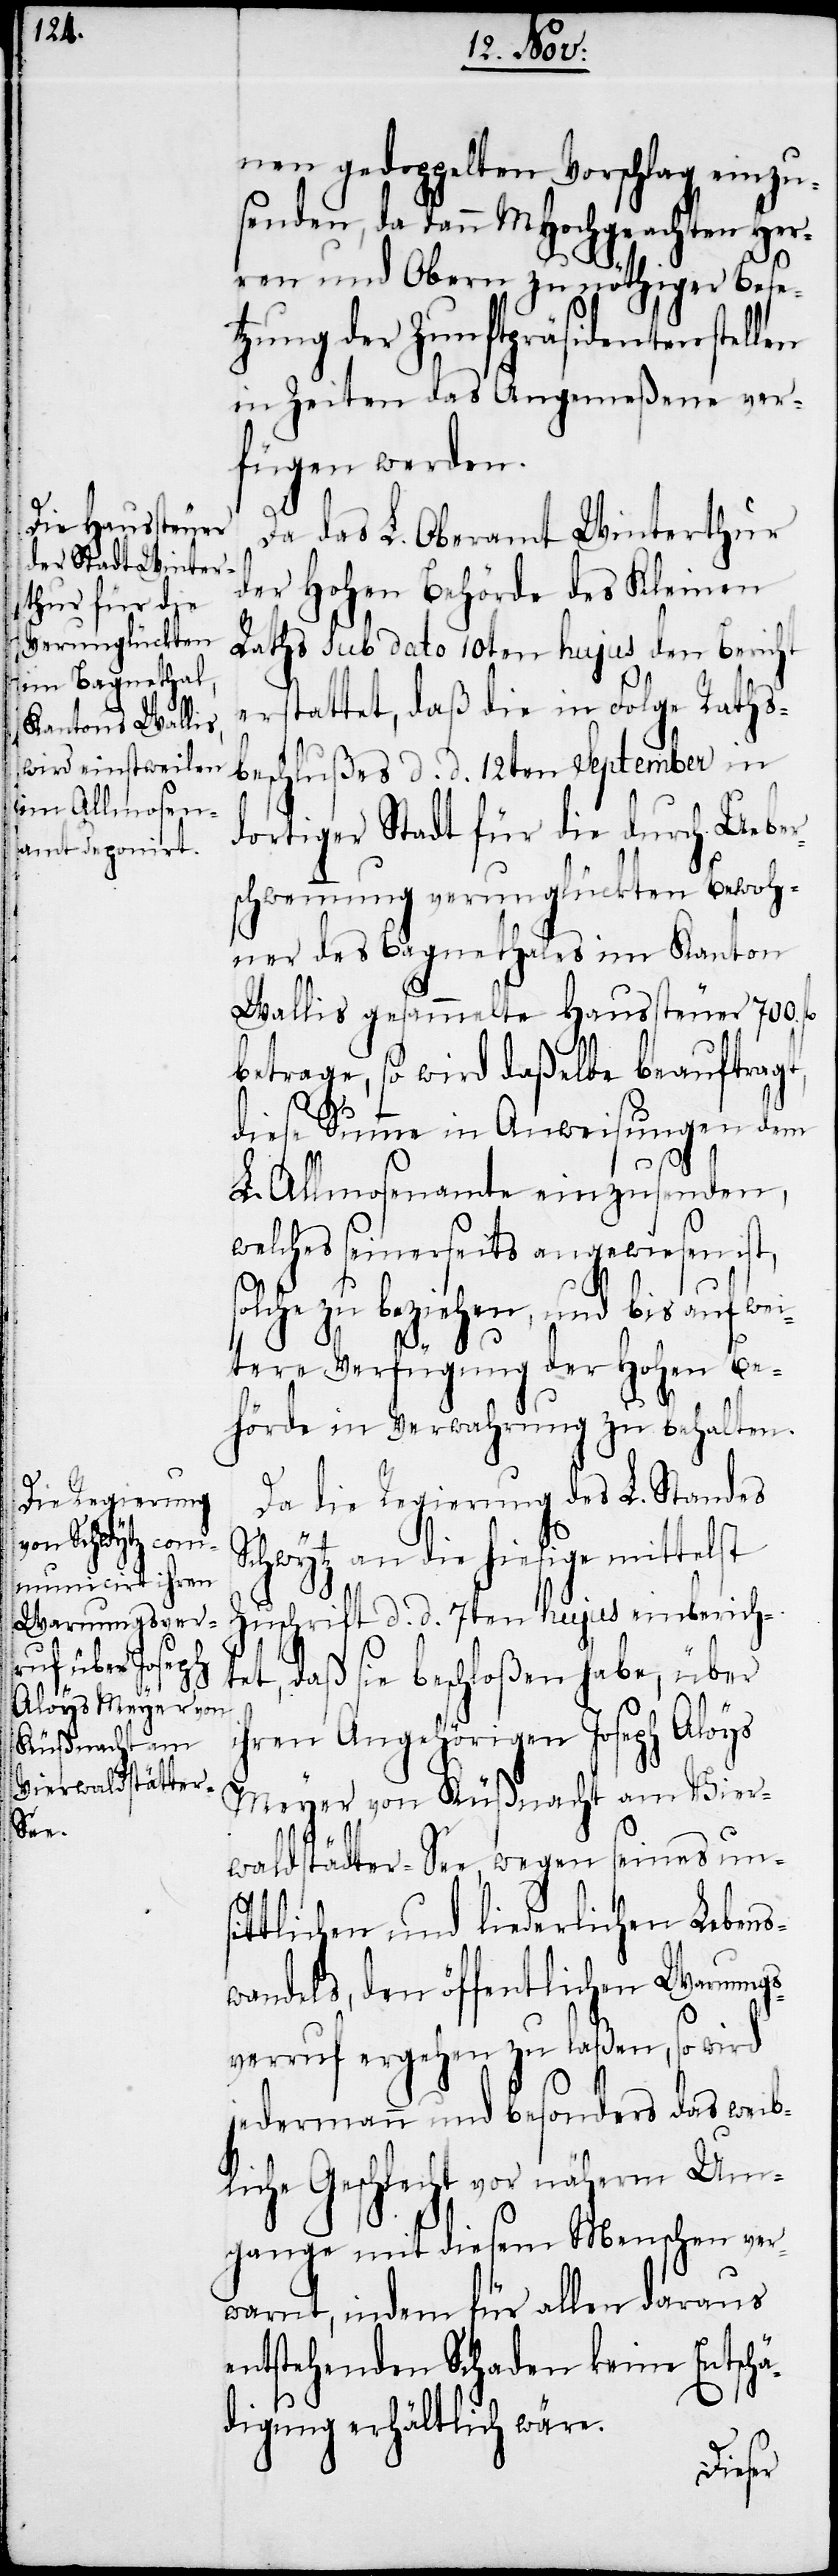
s¬

nen gedoppelten Vorschlag einzu¬
senden, da dann MHochgeachten Her¬
ren und Obern zu nöthiger Bese¬
tzung der Zunftpräsidentenstellen
in Zeiten das Angemeßene ver¬
fügen werden.
Da das L. Oberamt Winterthur
der Hohen Behörde des Kleinen
Raths sub dato 10ten hujus den Bericht
erstattet, daß die in Folge Raths¬
beschlußes d. d. 12ten September in
dortiger Stadt für die durch Ueber¬
schwemmung verunglückten Bewoh¬
ner des Bagnethales im Kanton
Wallis gesammelte Haussteuer 700.
betrage, so wird daßelbe beauftragt,
diese Summe in Anweisungen dem
L. Allmosenamte einzusenden,
welches seinerseits angewiesen ist,
olche zu beziehen, und bis auf wei¬
tere Verfügung der Hohen Be¬
hörde in Verwahrung zu behalten.
Da die Regierung des L. Standes
Schwytz an die hiesige mittelst
Zuschrift d. d. 7ten hujus einberich¬
tet, daß sie beschloßen habe, über
ihren Angehörigen Joseph Aloys
Meyer von Küßnacht am Vier¬
waldstädter-See, wegen seines unsi¬
ttlichen und liederlichen Lebens¬
wandels, den öffentlichen Warnungs¬
verruf ergehen zu laßen, so wird
jedermann und besonders das weib¬
liche Geschlecht vor näherm Um¬
gange mit diesem Menschen ver¬
warnt, indem für allen daraus
entstehenden Schaden keine Entschä¬
digung erhältlich wäre.